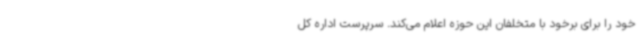
خود را برای برخود با متخلفان این حوزه اعلام می‌کند. سرپرست اداره کل